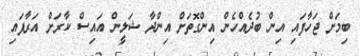
ބިމަށް ޖަހާފައި އިން ބުދެއްހެން އިންގޮތަށް އިންދާ ޝަލީން އައިސް ކާރަށް އަރާފައި